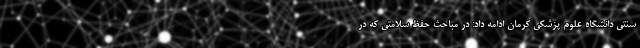
سنتی دانشگاه علوم پزشکی کرمان ادامه داد: در مباحث حفظ سلامتی که در